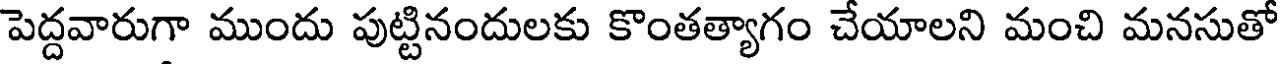
పెద్దవారుగా ముందు పుట్టినందులకు కొంతత్యాగం చేయాలని మంచి మనసుతో